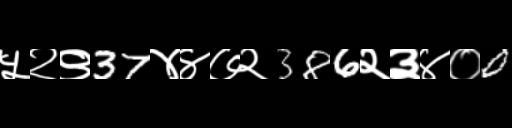
Text: ५२९37४४७२386२३४०0